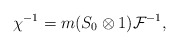
\begin{gather*}\chi^{-1}=m(S_0\otimes 1)\mathcal{F}^{-1},\end{gather*}